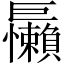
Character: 𱜝